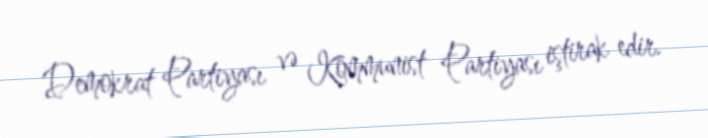
Demokrat Partiyası və Kommunist Partiyası iştirak edir.